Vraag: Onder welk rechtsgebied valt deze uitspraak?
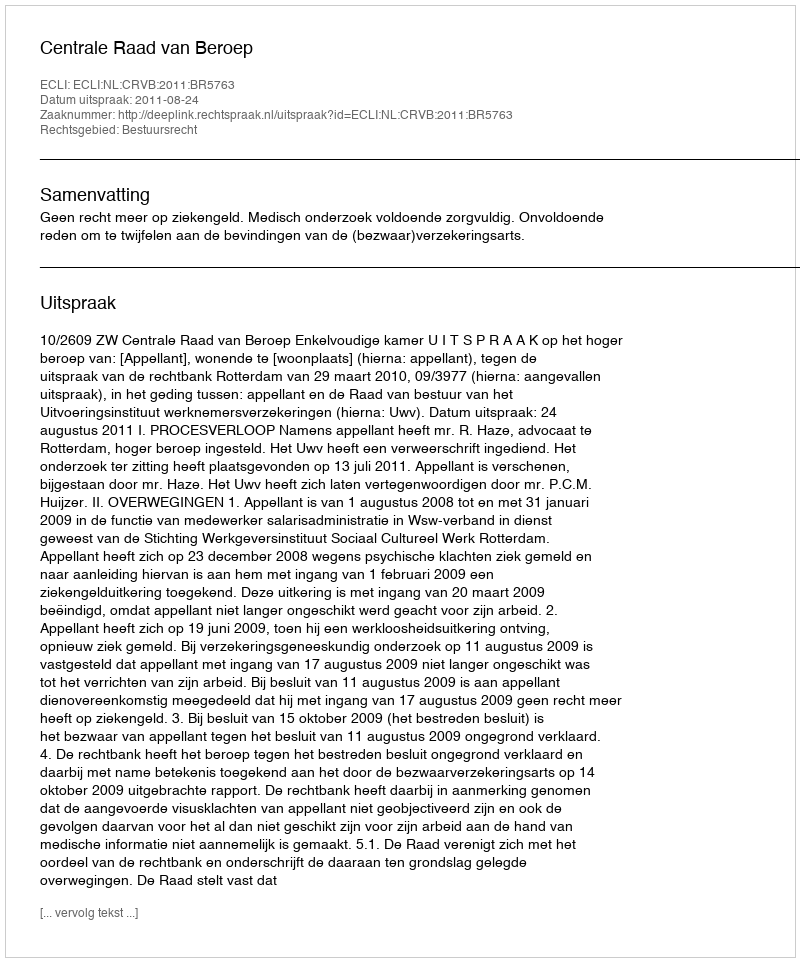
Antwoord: Bestuursrecht